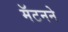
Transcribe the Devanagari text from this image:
मॅटनने